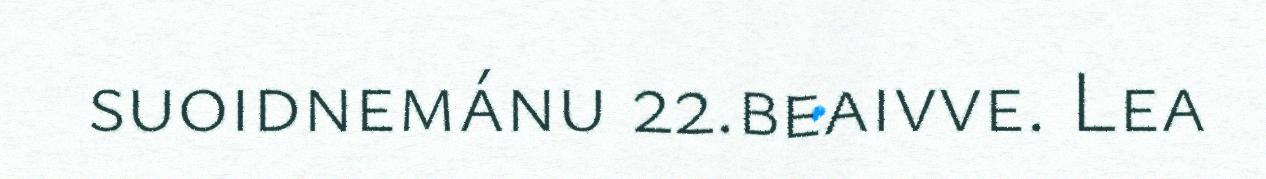
suoidnemánu 22.beaivve. Lea